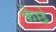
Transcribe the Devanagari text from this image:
केछे